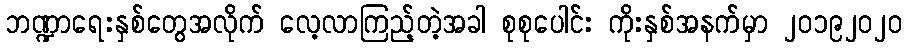
ဘဏ္ဍာရေးနှစ်တွေအလိုက် လေ့လာကြည့်တဲ့အခါ စုစုပေါင်း ကိုးနှစ်အနက်မှာ ၂၀၁၉၂၀၂၀